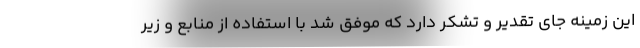
این زمینه جای تقدیر و تشکر دارد که موفق شد با استفاده از منابع و زیر